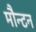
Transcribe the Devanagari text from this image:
मौन्टन